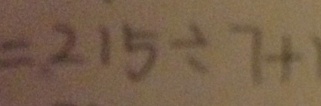
= 2 1 5 \div 7 +